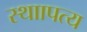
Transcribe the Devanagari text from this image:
स्थाापत्य